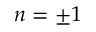
n = \pm 1